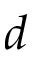
d